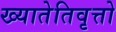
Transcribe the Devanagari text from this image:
ख्यातेतिवृत्तो